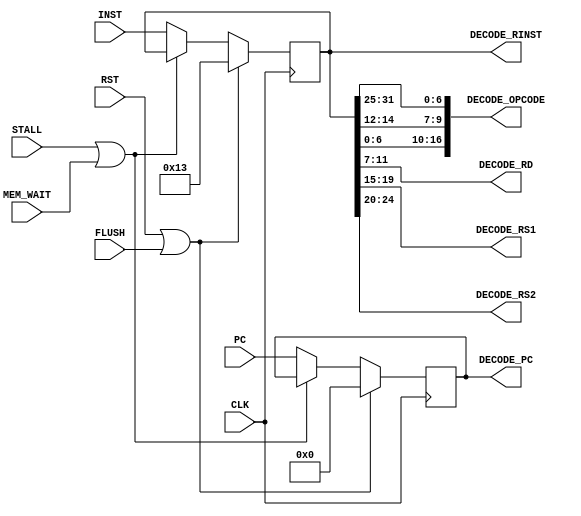
module decode
    (
        /* -----  ----- */
        input wire          CLK,
        input wire          RST,
        input wire          FLUSH,
        input wire          STALL,
        input wire          MEM_WAIT,

        /* -----  ----- */
        input wire  [31:0]  PC,
        input wire  [31:0]  INST,

        /* -----  ----- */
        output wire [31:0]  DECODE_PC,
        output wire [16:0]  DECODE_OPCODE,  // { opcode, funct3, funct7 }
        output wire [4:0]   DECODE_RD,
        output wire [4:0]   DECODE_RS1,
        output wire [4:0]   DECODE_RS2,
        output wire [31:0]  DECODE_RINST
    );

    /* -----  ----- */
    reg [31:0] pc, inst;

    always @ (posedge CLK) begin
        if (RST || FLUSH) begin
            pc <= 32'b0;
            inst <= 32'h0000_0013;
        end
        else if (STALL || MEM_WAIT) begin
            // do nothing
        end
        else begin
            pc <= PC;
            inst <= INST;
        end
    end

    /* ----  ----- */
    assign DECODE_PC       = pc;
    assign DECODE_OPCODE   = { inst[6:0], inst[14:12], inst[31:25] };
    assign DECODE_RD       = inst[11:7];
    assign DECODE_RS1      = inst[19:15];
    assign DECODE_RS2      = inst[24:20];
    assign DECODE_RINST    = inst;

endmodule